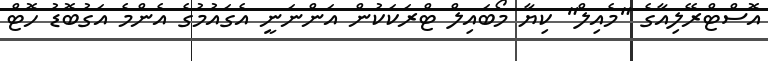
އޮސްޓްރޭލިއާގެ "މެއިލް" ކިޔާ މޯބައިލް ޓްރަކަކުން އަންނަނީ އެގައުމުގެ އެންމެ އަގުބޮޑު ހޮޓް